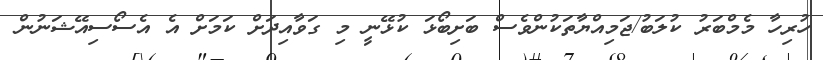
ހުރިހާ މެމްބަރު ކުލަބު/ޖަމިއްޔާތަކުންވެސް ބަށިބޯޅަ ކުޅޭނީ މި ގަވާއިދަށް ކަމަށް އެ އެސޯސިއޭޝަނުން